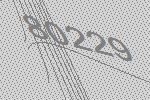
80229